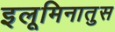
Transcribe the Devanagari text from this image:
इलूमिनातुस